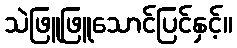
သဲဖြူဖြူသောင်ပြင်နှင့်။